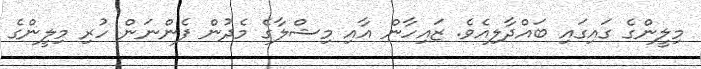
މިލީންގެ ގައިގައި ބައްދާލިއެވެ. ޒައިހާން އާއި މިޝްލާގެ މެދުން ފެންނަން ހުރި މިލީންގެ